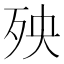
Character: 殃